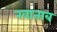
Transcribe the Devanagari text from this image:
खाताब